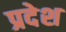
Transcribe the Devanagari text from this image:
प्रदेश